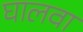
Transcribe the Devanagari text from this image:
घालवा